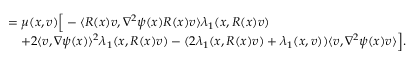
\begin{array} { r l } & { = \mu ( x , v ) \Big [ - \langle R ( x ) v , \nabla ^ { 2 } \psi ( x ) R ( x ) v \rangle \lambda _ { 1 } ( x , R ( x ) v ) } \\ & { \quad + 2 \langle v , \nabla \psi ( x ) \rangle ^ { 2 } \lambda _ { 1 } ( x , R ( x ) v ) - ( 2 \lambda _ { 1 } ( x , R ( x ) v ) + \lambda _ { 1 } ( x , v ) ) \langle v , \nabla ^ { 2 } \psi ( x ) v \rangle \Big ] . } \end{array}